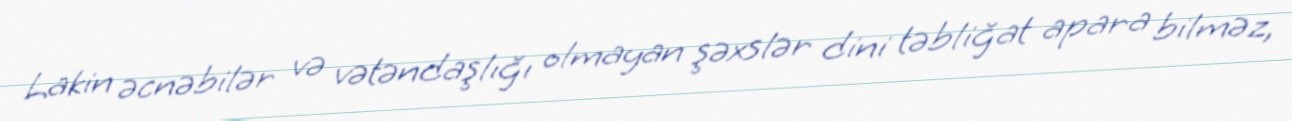
Lakin əcnəbilər və vətəndaşlığı olmayan şəxslər dini təbliğat apara bilməz,